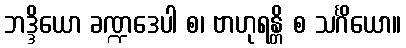
ဘဒ္ဒိယော ခဏ္ဍဒေပါ စ၊ ဗာဟုရန္တိ စ သင်္ဂိယော။